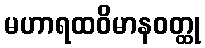
မဟာရထဝိမာနဝတ္ထု